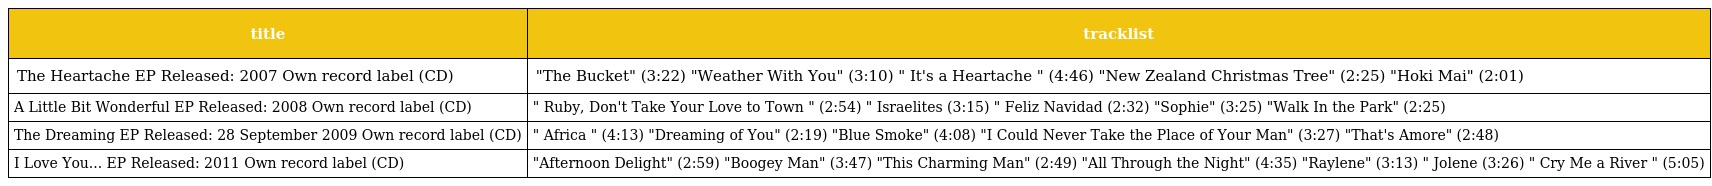
| title | tracklist |
 | --- | --- |
 | The Heartache EP Released: 2007 Own record label (CD) | "The Bucket" (3:22) "Weather With You" (3:10) " It's a Heartache " (4:46) "New Zealand Christmas Tree" (2:25) "Hoki Mai" (2:01) |
 | A Little Bit Wonderful EP Released: 2008 Own record label (CD) | " Ruby, Don't Take Your Love to Town " (2:54) " Israelites (3:15) " Feliz Navidad (2:32) "Sophie" (3:25) "Walk In the Park" (2:25) |
 | The Dreaming EP Released: 28 September 2009 Own record label (CD) | " Africa " (4:13) "Dreaming of You" (2:19) "Blue Smoke" (4:08) "I Could Never Take the Place of Your Man" (3:27) "That's Amore" (2:48) |
 | I Love You... EP Released: 2011 Own record label (CD) | "Afternoon Delight" (2:59) "Boogey Man" (3:47) "This Charming Man" (2:49) "All Through the Night" (4:35) "Raylene" (3:13) " Jolene (3:26) " Cry Me a River " (5:05) |